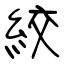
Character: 絞